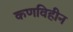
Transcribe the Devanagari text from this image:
कणविहीन